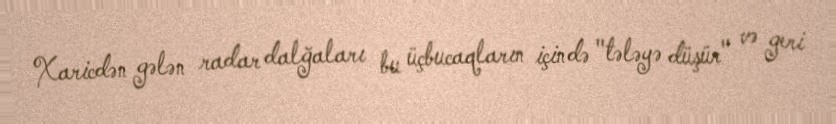
Xaricdən gələn radar dalğaları bu üçbucaqların içində "tələyə düşür" və geri